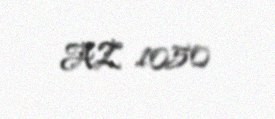
AZ 1050